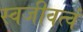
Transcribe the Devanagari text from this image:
स्वजीवत्वं